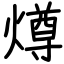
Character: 燇